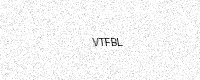
Text: VTFBL